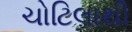
ચોટિલાથી